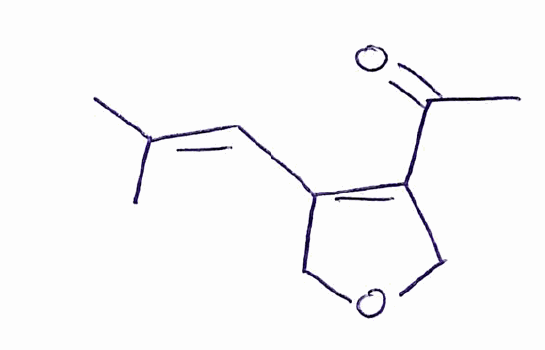
Simplified molecular-input line-entry system (SMILES) notation of the given molecule:
CC(=CC1=C(COC1)C(=O)C)C